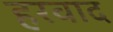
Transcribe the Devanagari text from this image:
हरवाद